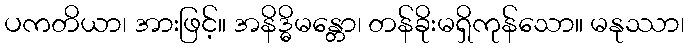
ပကတိယာ၊ အားဖြင့်။ အနိဒ္ဓိမန္တော၊ တန်ခိုးမရှိကုန်သော။ မနုဿာ၊